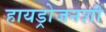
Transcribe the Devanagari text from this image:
हायड्रोजनशी